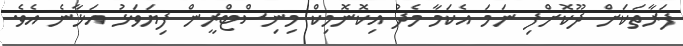
ފަރާތަކަށް ދޫކޮށްފި ނަމަ އެކަމާ މެދު އިކޮނޮމިކް މިނިސްޓްރީން ފިޔަވަޅު އަޅާނެ އެވެ.